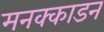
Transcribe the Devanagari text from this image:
मनक्काडन